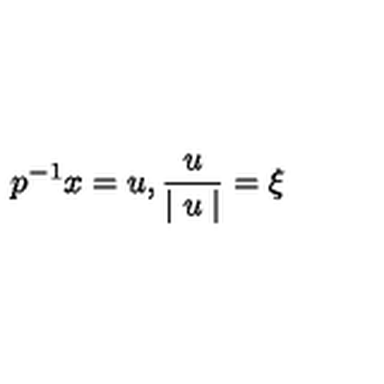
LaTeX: p ^ { - 1 } x = u , \frac { u } { \mid u \mid } = \xi